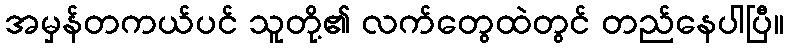
အမှန်တကယ်ပင် သူတို့၏ လက်တွေထဲတွင် တည်နေပါပြီ။